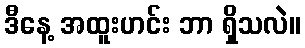
ဒီနေ့ အထူးဟင်း ဘာ ရှိသလဲ။